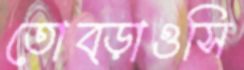
তোব্‌ড়াওসি